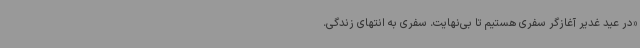
«در عید غدیر آغازگر سفری هستیم تا بی‌نهایت. سفری به انتهای زندگی.